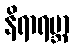
နိရာရမ္ဘာ